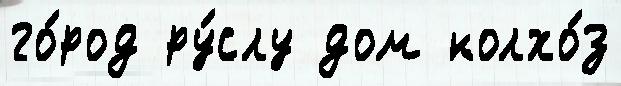
го́род ру́слу дом колхо́з